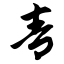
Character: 青